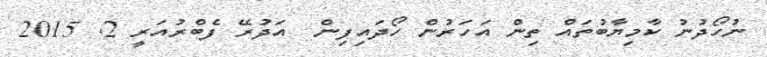
ނުހޯދުނު ކާމިޔާބުތައް ތިން އަހަރުން ހޯދައިފިން  އަދުރޭ ފެބްރުއަރީ 2